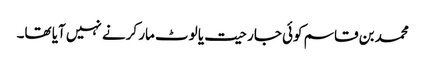
محمد بن قاسم کوئی جارحیت یا لوٹ مار کرنے نہیں آیا تھا۔